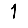
Digit: 1